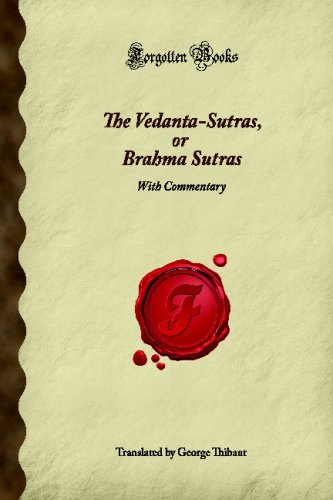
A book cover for The Vedanta-Sutras, or Brahma Sutras: With Commentary (Forgotten Books); Religion & Spirituality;